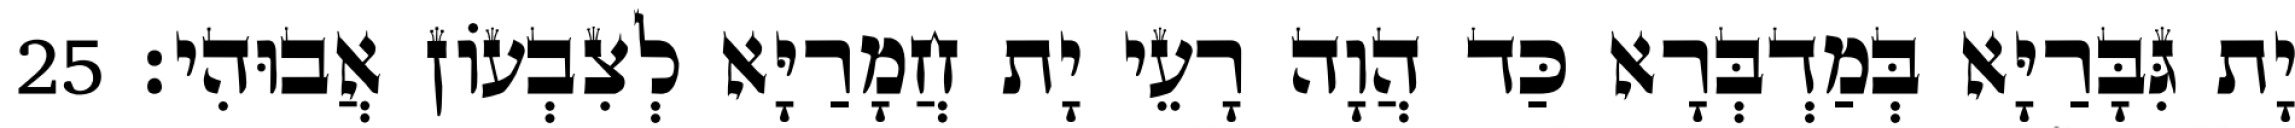
יָת גִּבָּרַיָּא בְּמַדְבְּרָא כַּד הֲוָה רָעֵי יָת חֲמָרַיָּא לְצִבְעוֹן אֲבוּהִי׃ 25